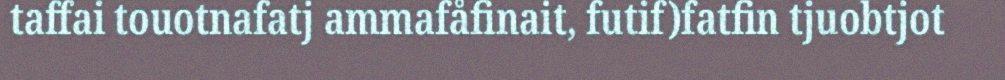
taffai touotnafatj ammafåfinait, futif)fatfin tjuobtjot